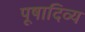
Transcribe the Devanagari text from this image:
पूषादिव्य